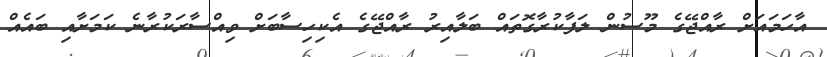
އާހަމައަށް ރާއްޖޭގެ މޫސުން ލަފާކުރާގޮތައް ބަލާއިރު ރާއްޖޭގެ އެކިހިސާބަށް ވިއްސާރަކުރާނެ ކަމަށާއި ބައެއް